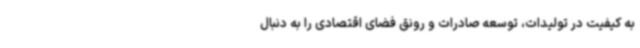
به کیفیت در تولیدات، توسعه صادرات و رونق فضای اقتصادی را به دنبال